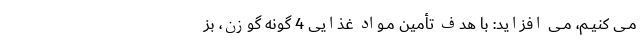
مــى کنیــم، مــى افزاید: با هدف تأمین مــواد غذایى 4 گونه گوزن، بز